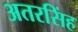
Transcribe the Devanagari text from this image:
अतरसिंह